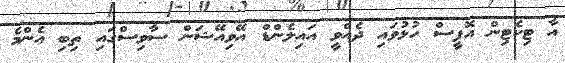
އާ ޓިކެޓިން އޮފީސް ހުޅުވައި ދެއްވީ އައިލެންޑް އޭވިއޭޝަން ސާވިސްގައި ތިބި އެންމެ